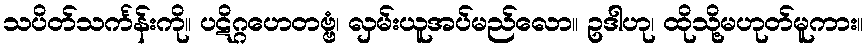
သပိတ်သင်္ကန်းကို။ ပဋိဂ္ဂဟေတဗ္ဗံ၊ လှမ်းယူအပ်မည်လော။ ဥဒါဟု၊ ထိုသို့မဟုတ်မူကား။